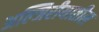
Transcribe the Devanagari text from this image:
अल्जिरीयातील